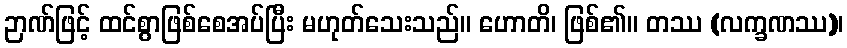
ဉာဏ်ဖြင့် ထင်စွာဖြစ်စေအပ်ပြီး မဟုတ်သေးသည်။ ဟောတိ၊ ဖြစ်၏။ တဿ (လက္ခဏဿ)၊